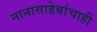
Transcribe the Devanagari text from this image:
नानासाहेबांचाही